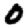
Digit: 0